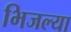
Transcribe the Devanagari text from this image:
भिजल्या